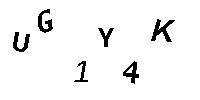
UG1Y4K